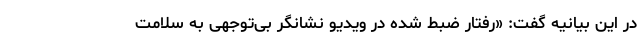
در این بیانیه گفت: «رفتار ضبط شده در ویدیو نشانگر بی‌توجهی به سلامت